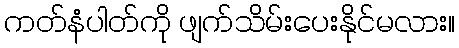
ကတ်နံပါတ်ကို ဖျက်သိမ်းပေးနိုင်မလား။